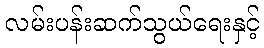
လမ်းပန်းဆက်သွယ်ရေးနှင့်